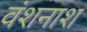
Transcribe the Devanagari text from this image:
वंशनाश